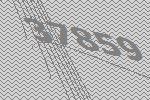
37859